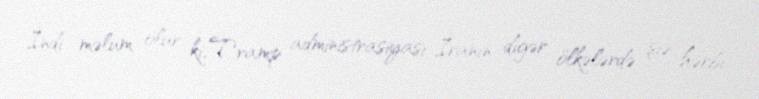
İndi məlum olur ki, Tramp administrasiyası İranın digər ölkələrdə şiə hərbi